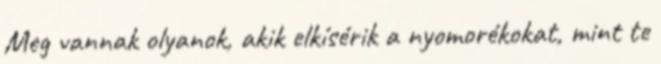
Meg vannak olyanok, akik elkísérik a nyomorékokat, mint te